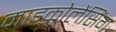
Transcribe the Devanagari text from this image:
माइक्रोलेंसिंग